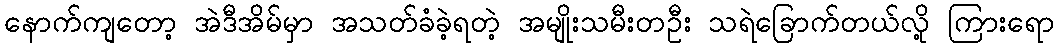
နောက်ကျတော့ အဲဒီအိမ်မှာ အသတ်ခံခဲ့ရတဲ့ အမျိုးသမီးတဦး သရဲခြောက်တယ်လို့ ကြားရော